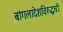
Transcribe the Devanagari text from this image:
बांगलादेशविरुद्धची